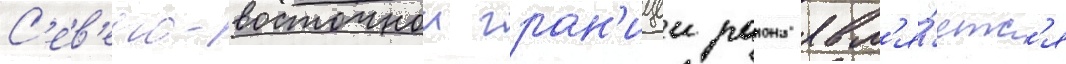
С'ев'еро-восточнои гран'ицеи раиона явл'я́етс'я